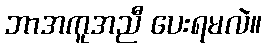
ဘာအကူအညီ ပေးရမလဲ။